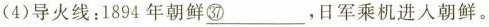
(4)导火线；1894年朝鲜\underline{㊲}，日军乘机进入朝鲜。